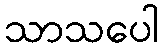
သာသပေါ